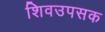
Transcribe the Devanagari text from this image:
शिवउपसक